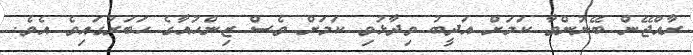
ރާއްޖޭން ބޭނުންވާ ކަމަށް އަދީބު ވިދާޅުވި ކަމަށް ވެސް ޒިންހުއާގެ ހަބަރުގައިވެ އެވެ.